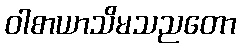
ဝါစာယာသိမသညတော